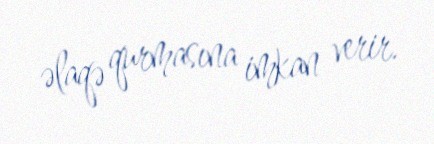
əlaqə qurmasına imkan verir.